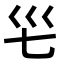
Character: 𭗺